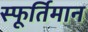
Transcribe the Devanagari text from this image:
स्फूर्तिमान